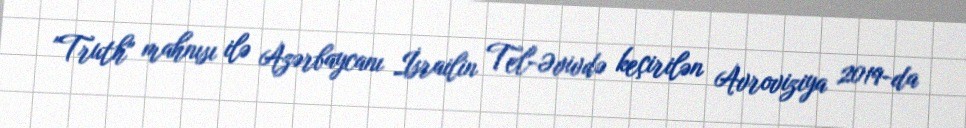
"Truth" mahnısı ilə Azərbaycanı İsrailin Tel-Əvivdə keçirilən Avroviziya 2019-da